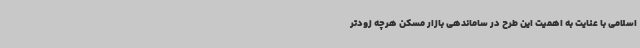
اسلامی با عنایت به اهمیت این طرح در ساماندهی بازار مسکن هرچه زودتر